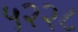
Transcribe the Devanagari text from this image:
५२२८